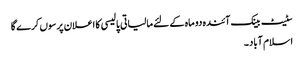
سٹیٹ بینک آئندہ دو ماہ کے لئے مالیاتی پالیسی کا اعلان پرسوں کرے گا
اسلام آباد ۔